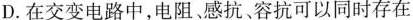
D.在交变电路中，电阻、感抗、容抗可以同时存在